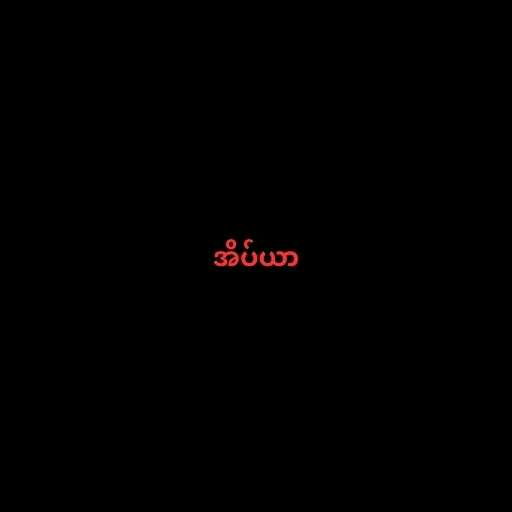
အိပ်ယာ